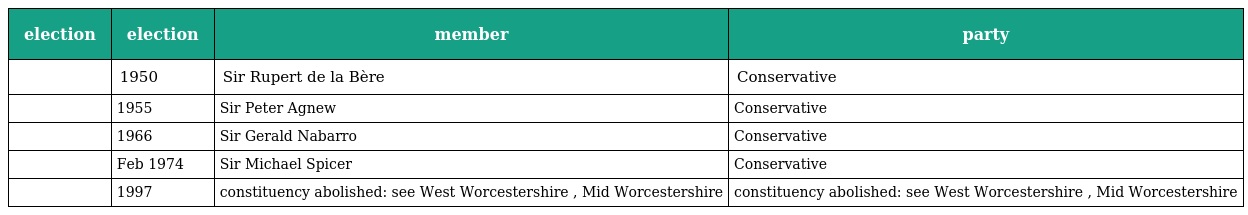
| election | election | member | party |
 | --- | --- | --- | --- |
 |  | 1950 | Sir Rupert de la Bère | Conservative |
 |  | 1955 | Sir Peter Agnew | Conservative |
 |  | 1966 | Sir Gerald Nabarro | Conservative |
 |  | Feb 1974 | Sir Michael Spicer | Conservative |
 |  | 1997 | constituency abolished: see West Worcestershire , Mid Worcestershire | constituency abolished: see West Worcestershire , Mid Worcestershire |